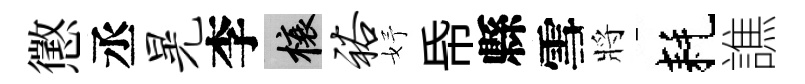
懲丞晃李榱裕妤帋縣雪將耗譙